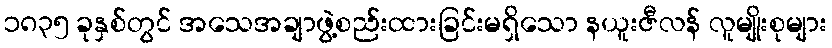
၁၈၃၅ ခုနှစ်တွင် အသေအချာဖွဲ့စည်းထားခြင်းမရှိသော နယူးဇီလန် လူမျိုးစုများ